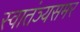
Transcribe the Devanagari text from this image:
स्वातंञ्यसमर